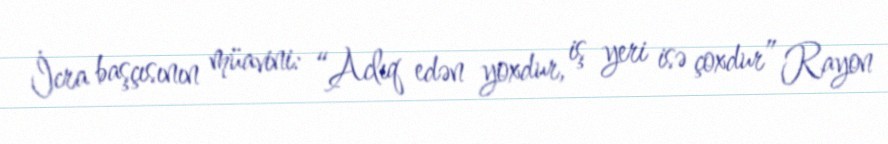
İcra başçısının müavini: “Aclıq edən yoxdur, iş yeri isə çoxdur” Rayon